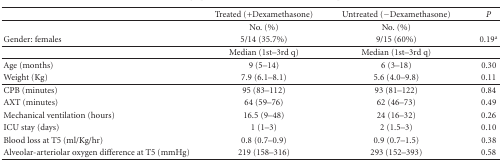
<table><thead><tr><td></td><td><b>Treated (+Dexamethasone)</b></td><td><b>Untreated (−Dexamethasone)</b></td><td><b><i>P</i></b></td></tr></thead><tbody><tr><td></td><td>No. (%)</td><td>No. (%)</td><td></td></tr><tr><td>Gender: females</td><td>5/14 (35.7%)</td><td>9/15 (60%)</td><td>0.19 <sup>a</sup></td></tr><tr><td></td><td>Median (1st–3rd q)</td><td>Median (1st–3rd q)</td><td></td></tr><tr><td>Age (months)</td><td>9 (5–14)</td><td>6 (3–18)</td><td>0.30</td></tr><tr><td>Weight (Kg)</td><td>7.9 (6.1–8.1)</td><td>5.6 (4.0–9.8)</td><td>0.11</td></tr><tr><td>CPB (minutes)</td><td>95 (83–112)</td><td>93 (81–122)</td><td>0.84</td></tr><tr><td>AXT (minutes)</td><td>64 (59–76)</td><td>62 (46–73)</td><td>0.49</td></tr><tr><td>Mechanical ventilation (hours)</td><td>16.5 (9–48)</td><td>24 (16–32)</td><td>0.26</td></tr><tr><td>ICU stay (days)</td><td>1 (1–3)</td><td>2 (1.5–3)</td><td>0.10</td></tr><tr><td>Blood loss at T5 (ml/Kg/hr)</td><td>0.8 (0.7–0.9)</td><td>0.9 (0.7–1.5)</td><td>0.38</td></tr><tr><td>Alveolar-arteriolar oxygen difference at T5 (mmHg)</td><td>219 (158–316)</td><td>293 (152–393)</td><td>0.58</td></tr></tbody></table>